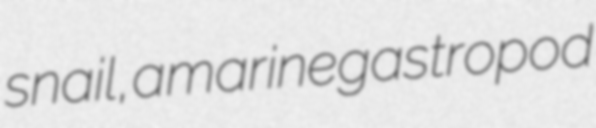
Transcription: snail, a marine gastropod